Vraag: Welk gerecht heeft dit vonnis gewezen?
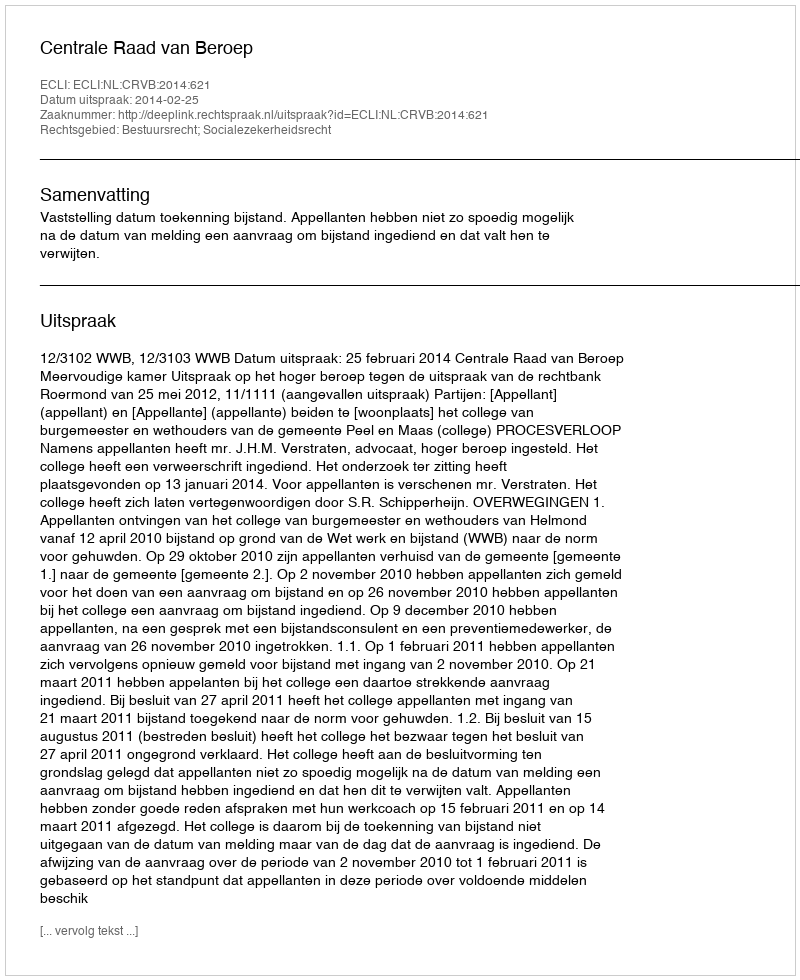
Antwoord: Centrale Raad van Beroep